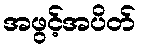
အဖွင့်အပိတ်